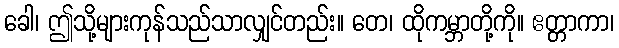
ခေါ၊ ဤသို့များကုန်သည်သာလျှင်တည်း။ တေ၊ ထိုကမ္ဘာတို့ကို။ ဧတ္တာကာ၊